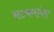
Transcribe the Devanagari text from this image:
भटकरांवर